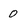
Character: 0